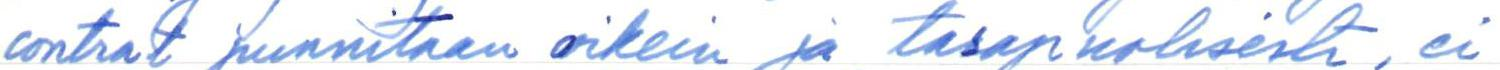
contrat punnitaan oikein ja tasapuolisesti, ei